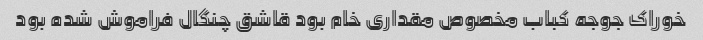
خوراک جوجه کباب مخصوص مقداری خام بود قاشق چنگال فراموش شده بود